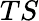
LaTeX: TS